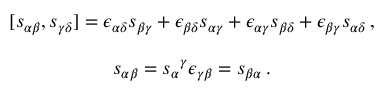
\begin{array} { c } { { [ s _ { \alpha \beta } , s _ { \gamma \delta } ] = \epsilon _ { \alpha \delta } s _ { \beta \gamma } + \epsilon _ { \beta \delta } s _ { \alpha \gamma } + \epsilon _ { \alpha \gamma } s _ { \beta \delta } + \epsilon _ { \beta \gamma } s _ { \alpha \delta } \, , } } \\ { { { } } } \\ { { s _ { \alpha \beta } = s _ { \alpha } { } ^ { \gamma } \epsilon _ { \gamma \beta } = s _ { \beta \alpha } \, . } } \end{array}